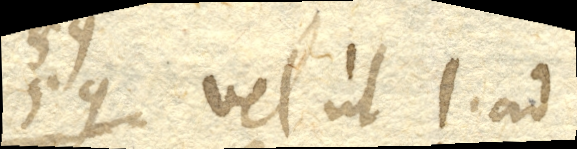
vel ut 1. ad